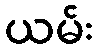
ယမ်း